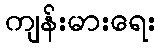
ကျန်းမားရေး